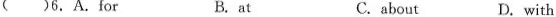
()6.A.For B.at C.about D.with